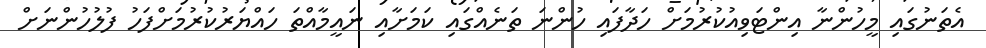
އެތަނުގައި މީހުންނާ އިންޓަވިއުކުރުމަށް ހަދާފައި ހުންނަ ތަނެއްގައި ކަމަށާއި ނައީމާއްތަ ހައްޔަރުކުރުމަށްފަހު ފުލުހުންނަށް